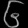
Digit: ၆